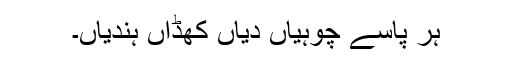
ہر پاسے چوہیاں دیاں کھُڈاں ہُندیاں۔